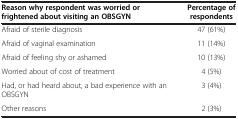
<table><thead><tr><td><b>Reason why respondent was worried or frightened about visiting an OBSGYN</b></td><td><b>Percentage of respondents</b></td></tr></thead><tbody><tr><td>Afraid of sterile diagnosis</td><td>47 (61%)</td></tr><tr><td>Afraid of vaginal examination</td><td>11 (14%)</td></tr><tr><td>Afraid of feeling shy or ashamed</td><td>10 (13%)</td></tr><tr><td>Worried about of cost of treatment</td><td>4 (5%)</td></tr><tr><td>Had, or had heard about, a bad experience with an OBSGYN</td><td>3 (4%)</td></tr><tr><td>Other reasons</td><td>2 (3%)</td></tr></tbody></table>